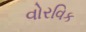
વોરવિક